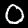
Digit: 0